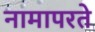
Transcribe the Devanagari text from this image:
नामापरते